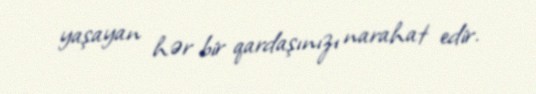
yaşayan hər bir qardaşınızı narahat edir.